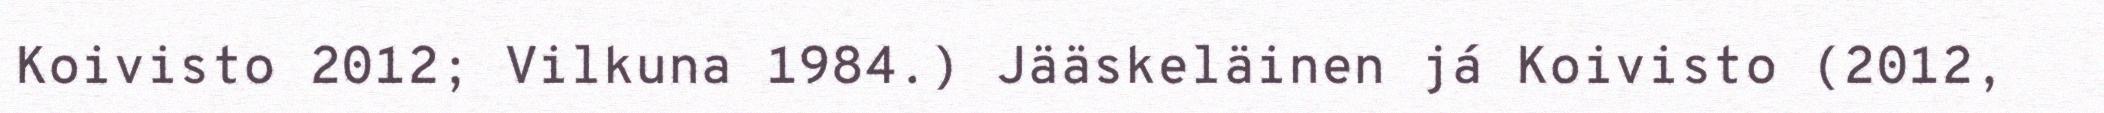
Koivisto 2012; Vilkuna 1984.) Jääskeläinen já Koivisto (2012,